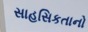
સાહસિકતાનો